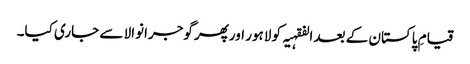
قیامِ پاکستان کے بعد الفقہیہ کو لاہور اورپھر گوجرانوالا سے جاری کیا۔